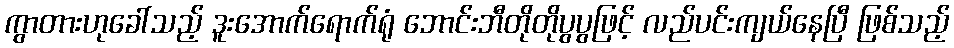
ကွာတားဟုခေါ်သည့် ဒူးအောက်ရောက်ရုံ ဘောင်းဘီတိုတိုပွပွဖြင့် လည်ပင်းကျယ်နေပြီ ဖြစ်သည့်